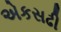
એકસઢી